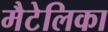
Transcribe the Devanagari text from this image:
मैटेलिका